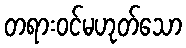
တရားဝင်မဟုတ်သော